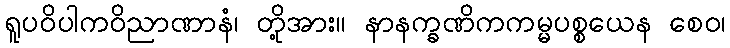
ရူပဝိပါကဝိညာဏာနံ၊ တို့အား။ နာနက္ခဏိကကမ္မပစ္စယေန စေဝ၊